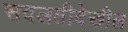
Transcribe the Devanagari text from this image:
सवलतीदेखील